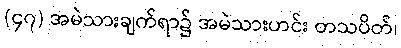
(၄၇) အမဲသားချက်ရာ၌ အမဲသားဟင်း တသပိတ်၊